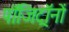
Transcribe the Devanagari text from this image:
पॉजिट्रॉनों